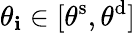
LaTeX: \theta_{\mathbf{i}}\in[\theta^{\mathrm{{s}}},\theta^{\mathrm{{d}}}]